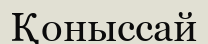
Қоныссай